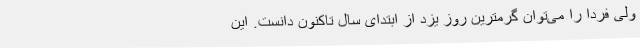
ولی فردا را می‌توان گرمترین روز یزد از ابتدای سال تاکنون دانست. این